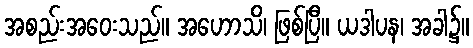
အစည်းအဝေးသည်။ အဟောသိ၊ ဖြစ်ပြီ။ ယဒါပန၊ အခါ၌။